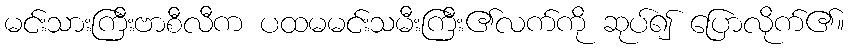
မင်းသားကြီးဗာစီလီက ပထမမင်းသမီးကြီး၏လက်ကို ဆုပ်၍ ပြောလိုက်၏။